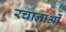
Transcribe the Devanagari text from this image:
रचानाओं